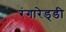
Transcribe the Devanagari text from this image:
रंगारेड्‍डी